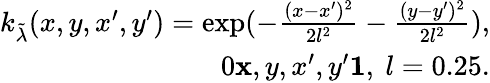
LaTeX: \begin{array}{r}{k_{\tilde{\lambda}}(x,y,x^{\prime},y^{\prime})=\exp(-\frac{(x-x^{\prime})^{2}}{2l^{2}}-\frac{(y-y^{\prime})^{2}}{2l^{2}}),}\\ {0\le x,y,x^{\prime},y^{\prime}\le 1,~l=0.25.}\end{array}